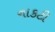
નાકટી